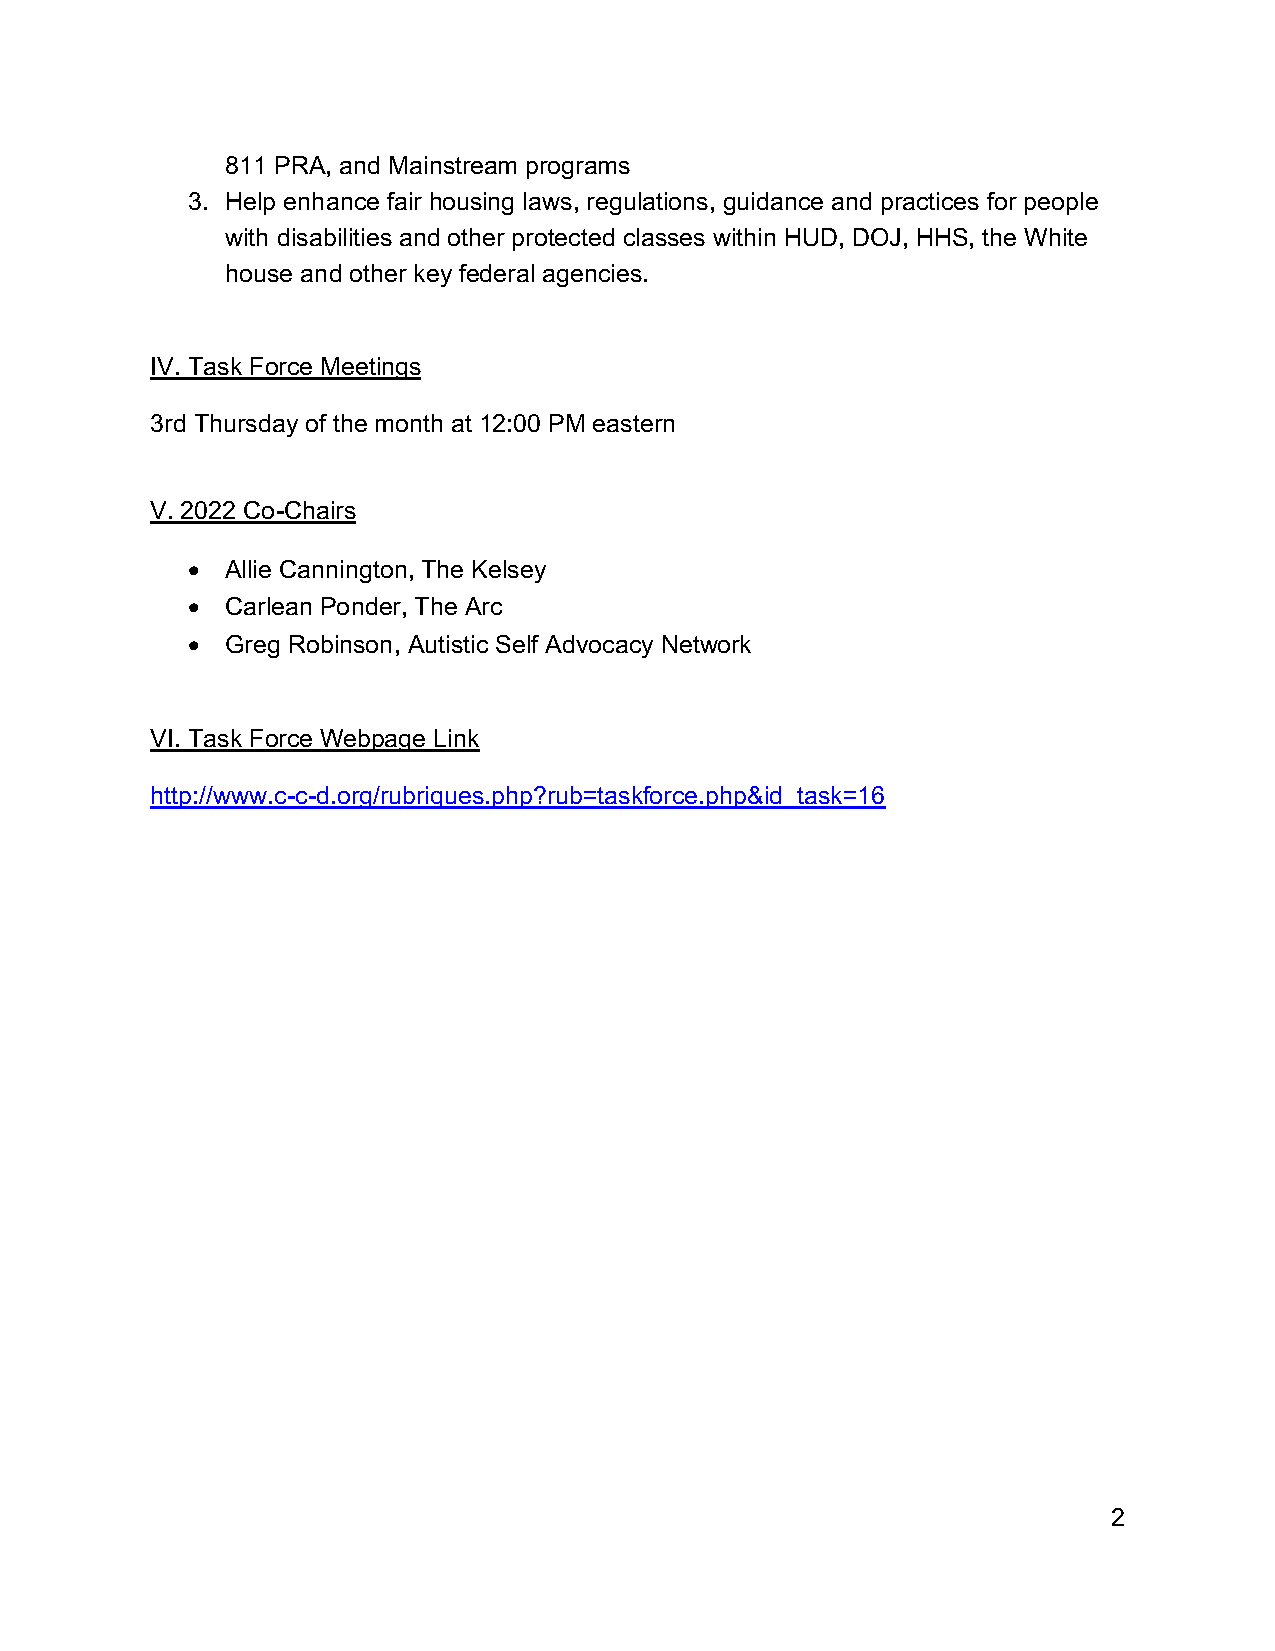
811 PRA, and Mainstream programs
 3. Help enhance fair housing laws, regulations, guidance and practices for people
 with disabilities and other protected classes within HUD, DOJ, HHS, the White
 house and other key federal agencies.
 IV. Task Force Meetings
 3rd Thursday of the month at 12:00 PM eastern
 V. 2022 Co-Chairs
 •  Allie Cannington, The Kelsey
 •  Carlean Ponder, The Arc
 •  Greg Robinson, Autistic Self Advocacy Network
 VI. Task Force Webpage Link
 http://www.c-c-d.org/rubriques.php?rub=taskforce.php&id_task=16
 2